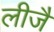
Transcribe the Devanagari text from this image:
लीजै